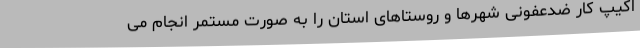
اکیپ کار ضدعفونی شهرها و روستاهای استان را به صورت مستمر انجام می